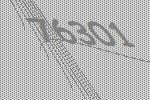
76301